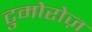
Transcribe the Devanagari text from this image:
टुमोरोज़